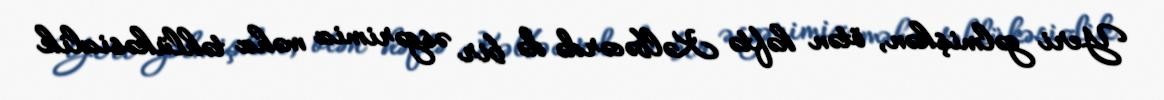
Yeri gəlmişkən, ötən həftə Kəlbəcərdə də bir əsgərimiz məhz təhlükəsizlik